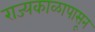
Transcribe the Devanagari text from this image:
राज्यकाळापासून